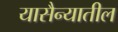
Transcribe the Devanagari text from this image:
यासैन्यातील